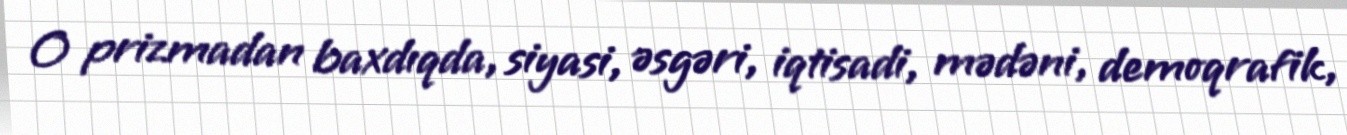
O prizmadan baxdıqda, siyasi, əsgəri, iqtisadi, mədəni, demoqrafik,